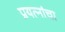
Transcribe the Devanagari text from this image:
प्रयत्‍नांचा